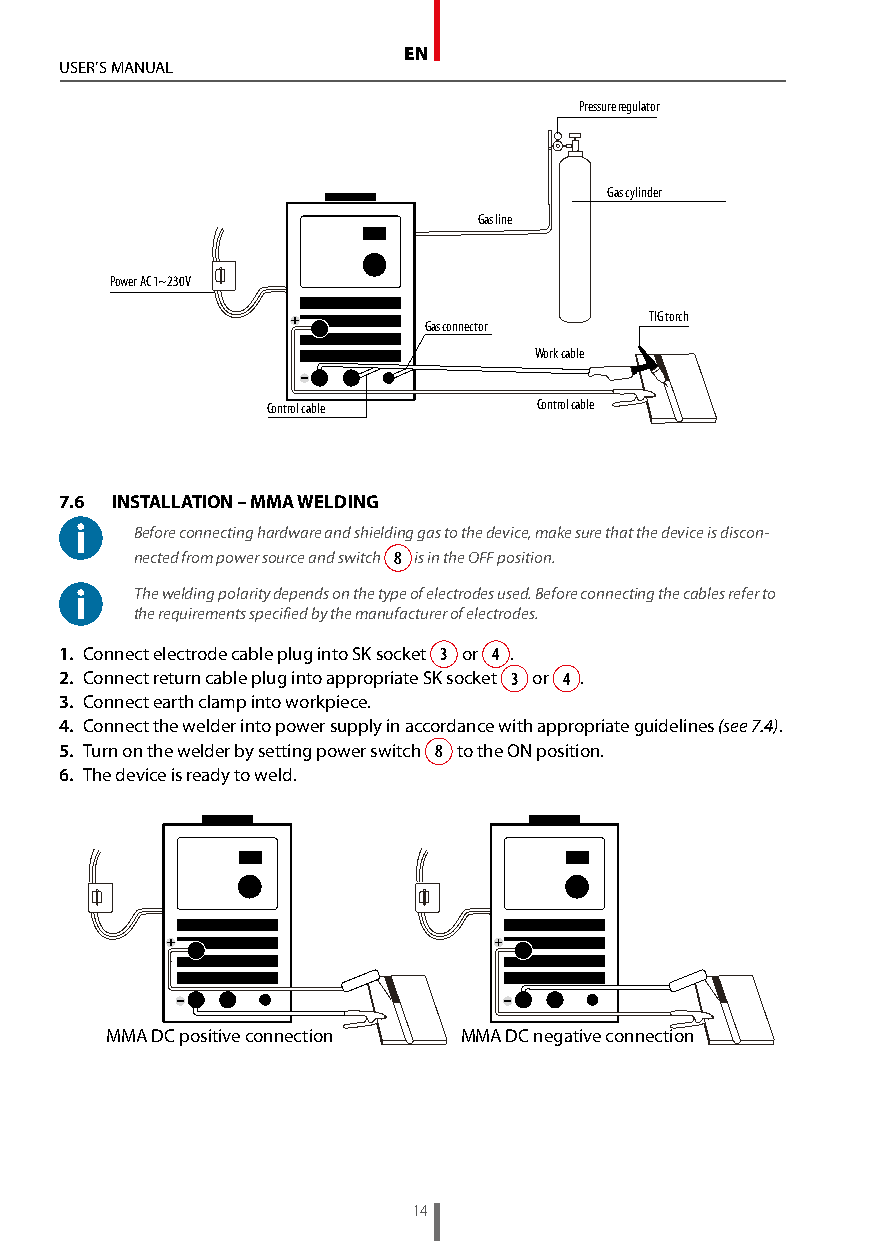
EN
 USER’S MANUAL
 Pressure regulator
 Gas cylinder
 Gas line
 Power AC 1~230V
 TIG torch
 Gas connector
 Work cable
 Control cable    Control cable
 7.6 INSTALLATION – MMA WELDING
 Before connecting hardware and shielding gas to the device, make sure that the device is discon-
 nected from power source and switch 8 is in the OFF position.
 The welding polarity depends on the type of electrodes used. Before connecting the cables refer to
 the requirements specified by the manufacturer of electrodes.
 1. Connect electrode cable plug into SK socket 3 or 4 .
 2. Connect return cable plug into appropriate SK socket 3 or 4 .
 3. Connect earth clamp into workpiece.
 4. Connect the welder into power supply in accordance with appropriate guidelines (see 7.4).
 5. Turn on the welder by setting power switch 8 to the ON position.
 6. The device is ready to weld.
 MMA DC positive connection MMA DC negative connection
 14